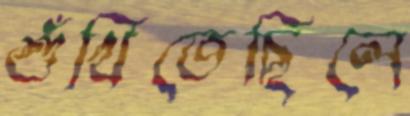
শুঁখিতেছিলে